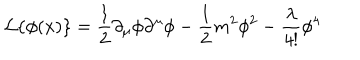
{ \cal L } \{ \phi ( x ) \} = \frac { 1 } { 2 } \partial _ { \mu } \phi \partial ^ { \mu } \phi - \frac { 1 } { 2 } m ^ { 2 } \phi ^ { 2 } - \frac { \lambda } { 4 ! } \phi ^ { 4 }